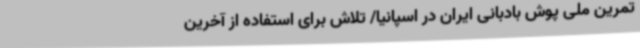
تمرین ملی پوش بادبانی ایران در اسپانیا/ تلاش برای استفاده از آخرین